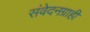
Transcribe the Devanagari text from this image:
संवेदनग्राही